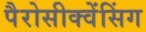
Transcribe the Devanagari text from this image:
पैरोसीक्वेंसिंग